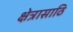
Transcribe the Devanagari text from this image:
क्षेत्रासाठि